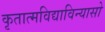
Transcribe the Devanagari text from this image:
कृतात्मविद्याविन्यासो